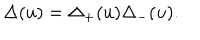
LaTeX: \Delta ( u ) = \Delta _ { + } ( u ) \Delta _ { - } ( u ) .